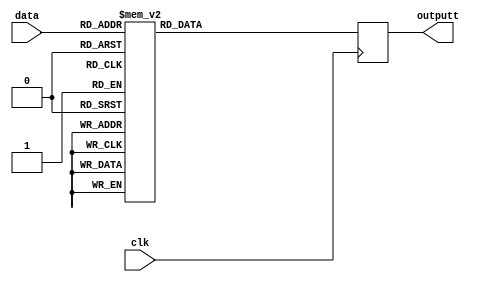
module Seven_Seg_Display_Out (
output reg [7:0] outputt,
input clk,
input [3:0] data);

always @(negedge clk)
begin
	case (data[3:0])
		4'b0000 : outputt <= 8'b11000000;
		4'b0001 : outputt <= 8'b11111001;
		4'b0010 : outputt <= 8'b10100100;
		4'b0011 : outputt <= 8'b10110000;
		4'b0100 : outputt <= 8'b10011001;
		4'b0101 : outputt <= 8'b10010010;
		4'b0110 : outputt <= 8'b10000010;
		4'b0111 : outputt <= 8'b11111000;
		4'b1000 : outputt <= 8'b10000000;
		4'b1001 : outputt <= 8'b10010000;
		4'b1010 : outputt <= 8'b10001000;
		4'b1011 : outputt <= 8'b10000011;
		4'b1100 : outputt <= 8'b11000110;
		4'b1101 : outputt <= 8'b10100001;
		4'b1110 : outputt <= 8'b10000110;
		4'b1111 : outputt <= 8'b10001110;
	endcase
end
endmodule